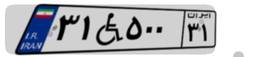
۳۱W۵۰۰۳۱